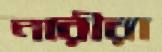
নারীরা